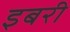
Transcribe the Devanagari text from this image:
इबरी